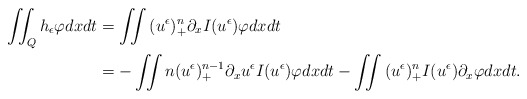
\begin{align*}\iint_Q{h_\epsilon \varphi} dx dt & =\iint{(u^\epsilon)_+^n \partial_x I(u^\epsilon) \varphi } dx dt \\& = - \iint{n (u^\epsilon)_+^{n-1} \partial_x u^\epsilon I(u^\epsilon) \varphi} dx dt - \iint{(u^\epsilon)_+^n I(u^\epsilon) \partial_x \varphi} dx dt .\end{align*}